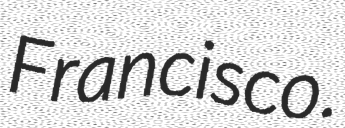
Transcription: Francisco.